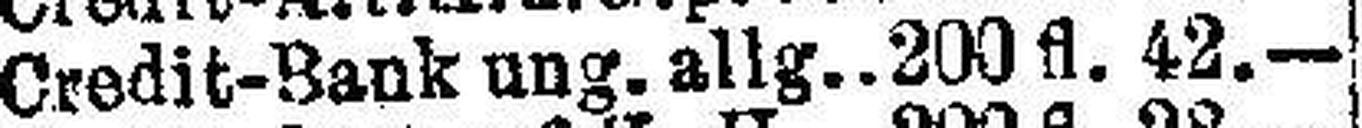
Credit-Bank ung. allg. 200 fl. 42.—